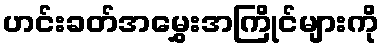
ဟင်းခတ်အမွှေးအကြိုင်များကို